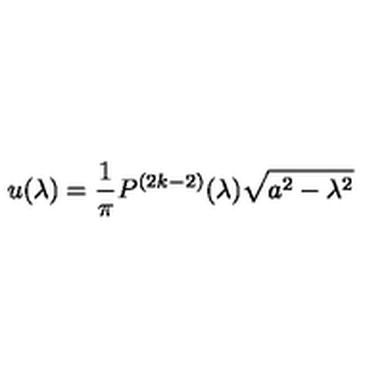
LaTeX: u ( \lambda ) = { \frac { 1 } { \pi } } P ^ { ( 2 k - 2 ) } ( \lambda ) \sqrt { a ^ { 2 } - \lambda ^ { 2 } }